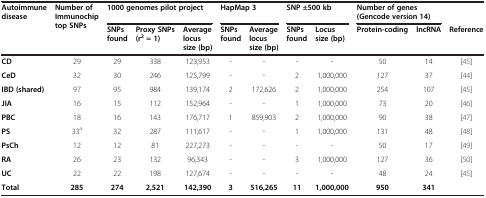
<table><thead><tr><td rowspan="2"><b>Autoimmune disease</b></td><td rowspan="2"><b>Number of Immunochip top SNPs</b></td><td colspan="3"><b>1000 genomes pilot project</b></td><td colspan="2"><b>HapMap 3</b></td><td colspan="2"><b>SNP ±500 kb</b></td><td colspan="2"><b>Number of genes (Gencode version 14)</b></td><td></td></tr><tr><td><b>SNPs found</b></td><td><b>Proxy SNPs (r<sup>2</sup>= 1)</b></td><td><b>Average locus size (bp)</b></td><td><b>SNPs found</b></td><td><b>Average locus size (bp)</b></td><td><b>SNPs found</b></td><td><b>Locus size (bp)</b></td><td><b>Protein-coding</b></td><td><b>lncRNA</b></td><td><b>Reference</b></td></tr></thead><tbody><tr><td><b>CD</b></td><td>29</td><td>29</td><td>338</td><td>123,953</td><td>-</td><td>-</td><td>-</td><td>-</td><td>50</td><td>14</td><td>[45]</td></tr><tr><td><b>CeD</b></td><td>32</td><td>30</td><td>246</td><td>125,799</td><td>-</td><td>-</td><td>2</td><td>1,000,000</td><td>127</td><td>37</td><td>[44]</td></tr><tr><td><b>IBD (shared)</b></td><td>97</td><td>95</td><td>984</td><td>139,174</td><td>2</td><td>172,626</td><td>2</td><td>1,000,000</td><td>254</td><td>107</td><td>[45]</td></tr><tr><td><b>JIA</b></td><td>16</td><td>15</td><td>112</td><td>152,964</td><td>-</td><td>-</td><td>1</td><td>1,000,000</td><td>73</td><td>20</td><td>[46]</td></tr><tr><td><b>PBC</b></td><td>18</td><td>16</td><td>143</td><td>176,717</td><td>1</td><td>859,903</td><td>2</td><td>1,000,000</td><td>90</td><td>38</td><td>[47]</td></tr><tr><td><b>PS</b></td><td>33<sup>a</sup></td><td>32</td><td>287</td><td>111,617</td><td>-</td><td>-</td><td>1</td><td>1,000,000</td><td>131</td><td>48</td><td>[48]</td></tr><tr><td><b>PsCh</b></td><td>12</td><td>12</td><td>81</td><td>227,273</td><td>-</td><td>-</td><td>-</td><td>-</td><td>50</td><td>17</td><td>[49]</td></tr><tr><td><b>RA</b></td><td>26</td><td>23</td><td>132</td><td>96,343</td><td>-</td><td>-</td><td>3</td><td>1,000,000</td><td>127</td><td>36</td><td>[50]</td></tr><tr><td><b>UC</b></td><td>22</td><td>22</td><td>198</td><td>127,674</td><td>-</td><td>-</td><td>-</td><td>-</td><td>48</td><td>24</td><td>[45]</td></tr><tr><td><b>Total</b></td><td><b>285</b></td><td><b>274</b></td><td><b>2,521</b></td><td><b>142,390</b></td><td><b>3</b></td><td><b>516,265</b></td><td><b>11</b></td><td><b>1,000,000</b></td><td><b>950</b></td><td><b>341</b></td><td></td></tr></tbody></table>